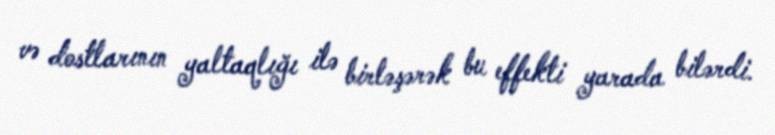
və dostlarının yaltaqlığı ilə birləşərək bu effekti yarada bilərdi.